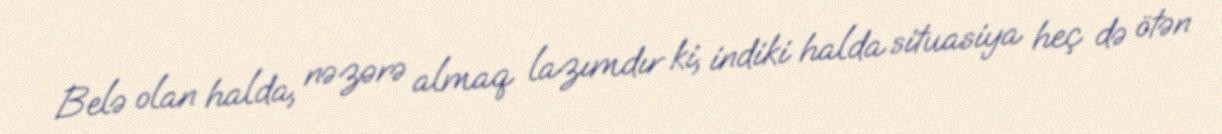
Belə olan halda, nəzərə almaq lazımdır ki, indiki halda situasiya heç də ötən